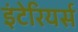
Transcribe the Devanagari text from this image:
इंटेरियर्स